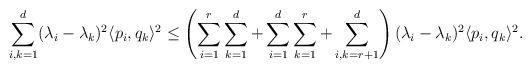
LaTeX: \begin{align*}&\sum_{i,k=1}^d (\lambda_i-\lambda_k)^2 \langle p_i, q_k\rangle^2 \leq \left( \sum_{i=1}^r \sum_{k=1}^d+ \sum_{i=1}^d \sum_{k=1}^r+ \sum_{i,k=r+1}^{d}\right) (\lambda_i-\lambda_k)^2 \langle p_i, q_k\rangle^2.\end{align*}